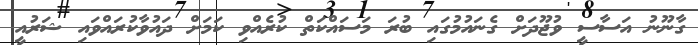
ގާނޫނު އަސާސީ ވުޖޫދަށް ގެނައުމުގައި ބުރަ މަސައްކަތް ކުރެއްވި ކަމަށް ދައުވާކުރައްވައި ޝަރުއީ